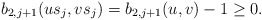
\begin{align*}b_{2, j+1}(us_j,vs_j)=b_{2, j+1}(u,v)-1\geq 0.\end{align*}